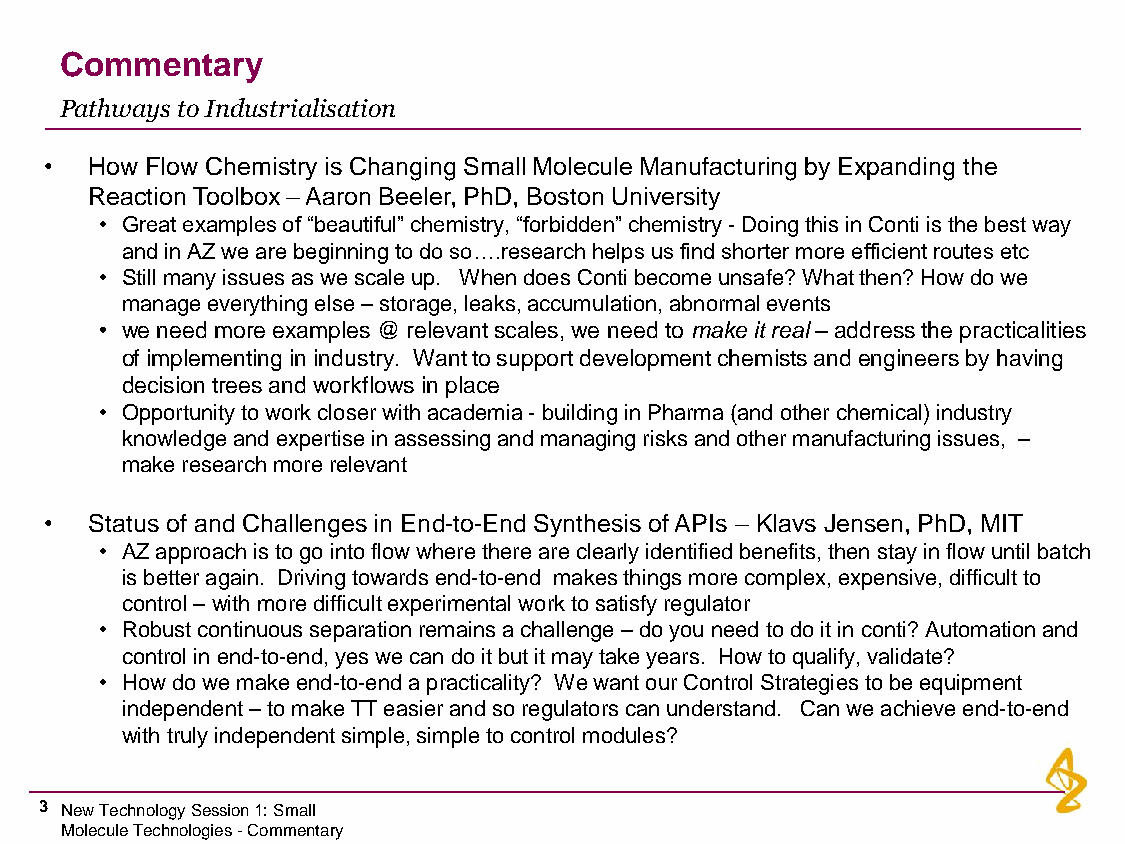
Commentary
 Pathways to Industrialisation
 •  How Flow Chemistry is Changing Small Molecule Manufacturing by Expanding the
 Reaction Toolbox –Aaron Beeler, PhD, Boston University
 • Great examples of “beautiful” chemistry, “forbidden” chemistry -Doing this in Conti is the best way
 and in AZ we are beginning to do so….research helps us find shorter more efficient routes etc
 • Still many issues as we scale up. When does Conti become unsafe? What then? How do we
 manage everything else –storage, leaks, accumulation, abnormal events
 • we need more examples @ relevant scales, we need to make it real –address the practicalities
 of implementing in industry. Want to support development chemists and engineers by having
 decision trees and workflows in place
 • Opportunity to work closer with academia -building in Pharma (and other chemical) industry
 knowledge and expertise in assessing and managing risks and other manufacturing issues, –
 make research more relevant
 •  Status of and Challenges in End-to-End Synthesis of APIs – Klavs Jensen, PhD, MIT
 • AZ approach is to go into flow where there are clearly identified benefits, then stay in flow until batch
 is better again. Driving towards end-to-end makes things more complex, expensive, difficult to
 control –with more difficult experimental work to satisfy regulator
 • Robust continuous separation remains a challenge –do you need to do it in conti? Automation and
 control in end-to-end, yes we can do it but it may take years. How to qualify, validate?
 • How do we make end-to-end a practicality? We want our Control Strategies to be equipment
 independent –to make TT easier and so regulators can understand. Can we achieve end-to-end
 with truly independent simple, simple to control modules?
 3 New Technology Session 1: Small
 Molecule Technologies -Commentary